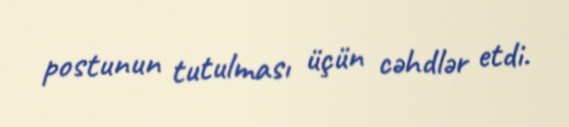
postunun tutulması üçün cəhdlər etdi.